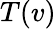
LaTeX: T(v)